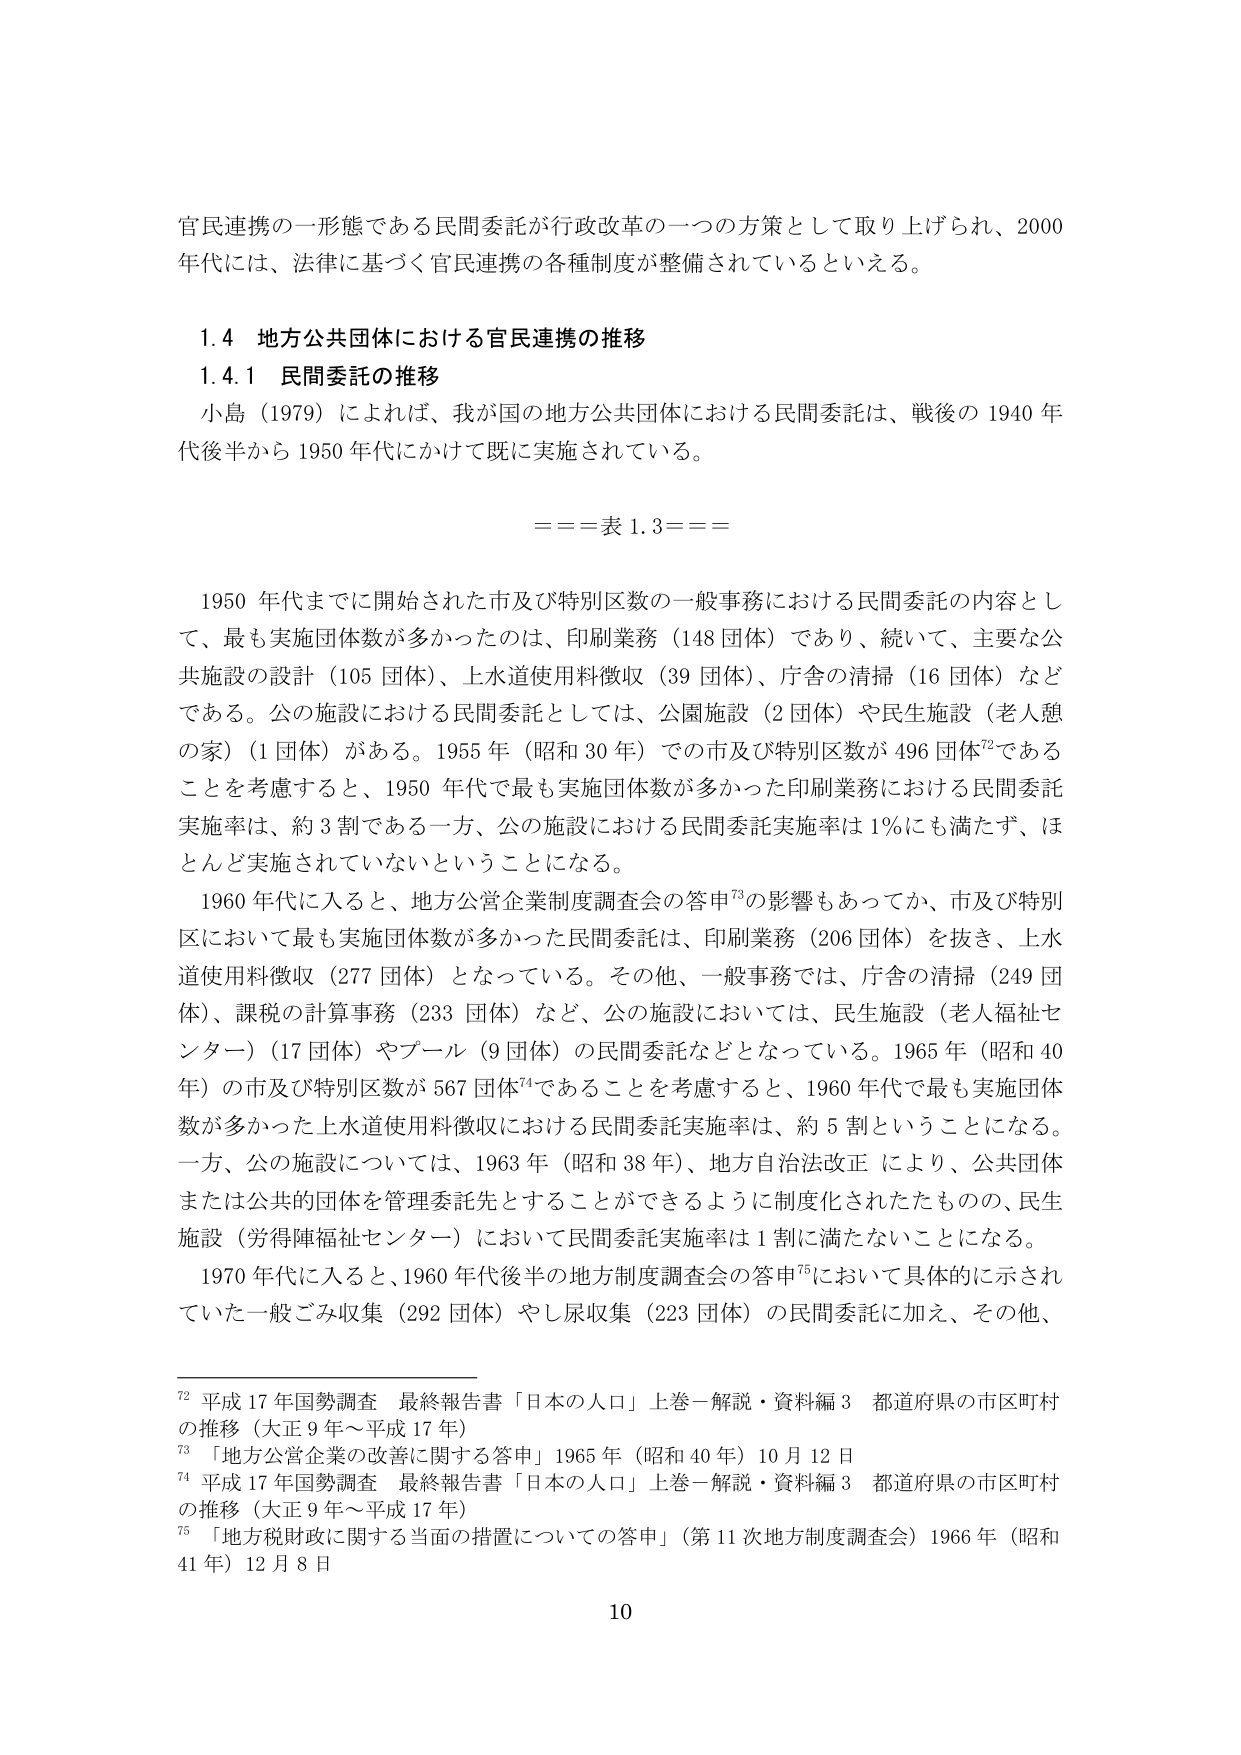
官民連携の一形態である民間委託が行政改革の一つの方策として取り上げられ、2000年代には、法律に基づく官民連携の各種制度が整備されているといえる。

1.4 地方公共団体における官民連携の推移
1.4.1 民間委託の推移
小島（1979）によれば、我が国の地方公共団体における民間委託は、戦後の1940年代後半から1950年代にかけて既に実施されている。

===表1.3===

1950年代までに開始された市及び特別区数の一般事務における民間委託の内容として、最も実施団体数が多かったのは、印刷業務（148団体）であり、続いて、主要な公共施設の設計（105団体）、上水道使用料徴収（39団体）、庁舎の清掃（16団体）などである。公の施設における民間委託としては、公園施設（2団体）や民生施設（老人憩の家）（1団体）がある。1955年（昭和30年）での市及び特別区数が496団体⁷²であることを考慮すると、1950年代で最も実施団体数が多かった印刷業務における民間委託実施率は、約3割である一方、公の施設における民間委託実施率は1％にも満たず、ほとんど実施されていないということになる。

1960年代に入ると、地方公営企業制度調査会の答申⁷³の影響もあってか、市及び特別区において最も実施団体数が多かった民間委託は、印刷業務（206団体）を抜き、上水道使用料徴収（277団体）となっている。その他、一般事務では、庁舎の清掃（249団体）、課税の計算事務（233団体）など、公の施設においては、民生施設（老人福祉センター）（17団体）やプール（9団体）の民間委託などとなっている。1965年（昭和40年）の市及び特別区数が567団体⁷⁴であることを考慮すると、1960年代で最も実施団体数が多かった上水道使用料徴収における民間委託実施率は、約5割ということになる。一方、公の施設については、1963年（昭和38年）、地方自治法改正により、公共団体または公共的団体を管理委託先とすることができるように制度化されたものの、民生施設（労得陣福祉センター）において民間委託実施率は1割に満たないことになる。

1970年代に入ると、1960年代後半の地方制度調査会の答申⁷⁵において具体的に示されていた一般ごみ収集（292団体）やし尿収集（223団体）の民間委託に加え、その他、

⁷² 平成17年国勢調査 最終報告書「日本の人口」上巻－解説・資料編3 都道府県の市区町村の推移（大正9年～平成17年）
⁷³ 「地方公営企業の改善に関する答申」1965年（昭和40年）10月12日
⁷⁴ 平成17年国勢調査 最終報告書「日本の人口」上巻－解説・資料編3 都道府県の市区町村の推移（大正9年～平成17年）
⁷⁵ 「地方税財政に関する当面の措置についての答申」（第11次地方制度調査会）1966年（昭和41年）12月8日

10